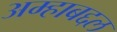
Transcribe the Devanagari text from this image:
अम्हाबद्दल